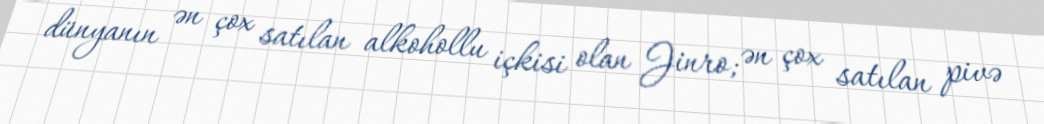
dünyanın ən çox satılan alkohollu içkisi olan Jinro; ən çox satılan pivə